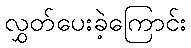
လွှတ်ပေးခဲ့ကြောင်း